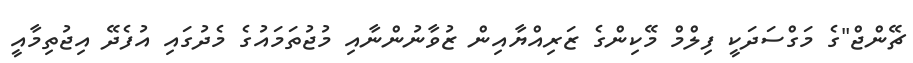
ޗޭންޖް"ގެ މަގްސަދަކީ ފިލްމް މޭކިންގެ ޒަރިއްޔާއިން ޒުވާނުންނާއި މުޖުތަމައުގެ މެދުގައި އުފެދޭ އިޖުތިމާއީ